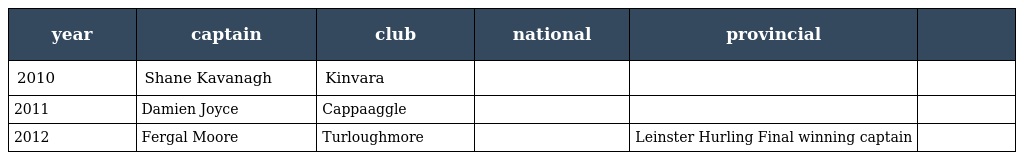
| year | captain | club | national | provincial |  |
 | --- | --- | --- | --- | --- | --- |
 | 2010 | Shane Kavanagh | Kinvara |  |  |  |
 | 2011 | Damien Joyce | Cappaaggle |  |  |  |
 | 2012 | Fergal Moore | Turloughmore |  | Leinster Hurling Final winning captain |  |